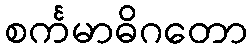
စင်္ကမာဓိဂတော